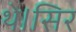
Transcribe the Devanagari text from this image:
थे।सिर